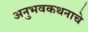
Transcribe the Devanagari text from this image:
अनुभवकथनाचे